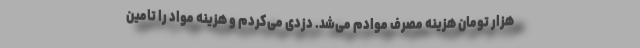
هزار تومان هزینه مصرف موادم می‌شد. دزدی می‌کردم و هزینه مواد را تامین